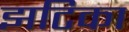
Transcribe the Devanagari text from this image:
झटिका